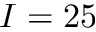
I = 2 5